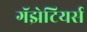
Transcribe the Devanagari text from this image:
गॅझेटियर्स